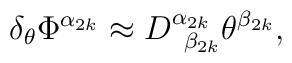
\delta _\theta \Phi ^{\alpha _{2k}}\approx D_{\;\;\beta_{2k}}^{\alpha _{2k}}\theta ^{\beta _{2k}},